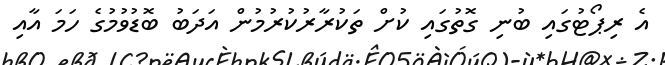
އެ ރިޕޯޓުގައި ބުނި ގޮތުގައި ކުށް ތަކުރާރުކުރުމުން އަދަބު ބޮޑުވުމުގެ ހަމަ އާއި